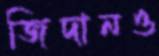
জিদানও